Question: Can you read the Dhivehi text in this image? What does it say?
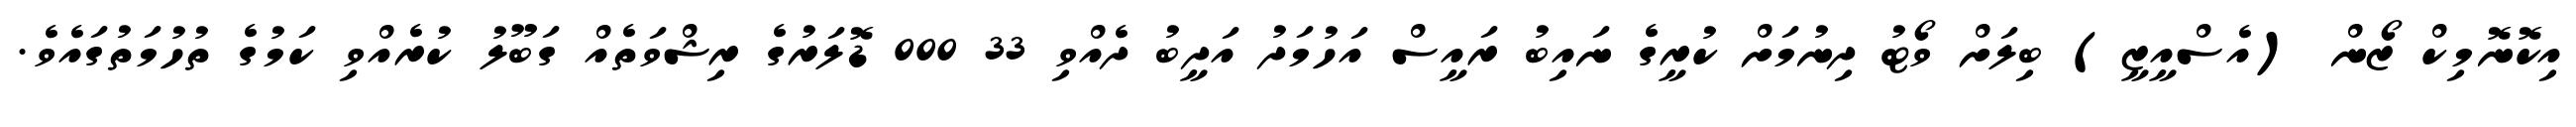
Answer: އިކޮނޮމިކް ޒޯން (އެސްއީޒީ) ބިލަށް ވޯޓު ދިނުމަށް ކުރީގެ ނައިބު ރައީސް އަހުމަދު އަދީބު ދެއްވި 33 000 ޑޮލަރުގެ ރިޝްވަތެއް ގަބޫލު ކުރެއްވި ކަމުގެ ތުހުމަތުގައެވެ.